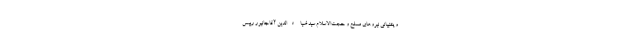
و پشتیبانی نیروهای مسلح و حجت‌الاسلام سید ضیاء‌الدین آقاجانپور رییس